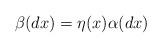
LaTeX: \begin{align*}\beta(dx)=\eta(x)\alpha(dx)\end{align*}